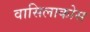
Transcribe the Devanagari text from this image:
वासिलाकोस